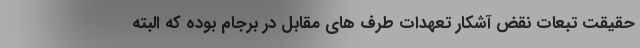
حقیقت تبعات نقض آشکار تعهدات طرف های مقابل در برجام بوده که البته